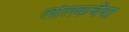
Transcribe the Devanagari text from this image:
लोलकचैया